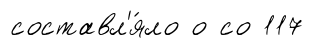
составл'я́ло о со 117